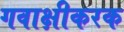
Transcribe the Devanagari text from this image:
गवाक्षीकरक